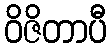
ဝိဇိတာပီ